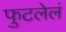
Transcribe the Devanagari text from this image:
फुटलेलं